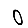
Digit: 0